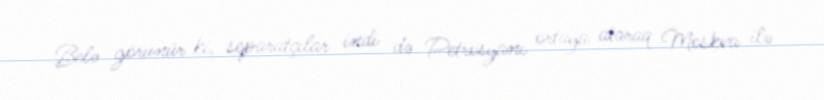
Belə görünür ki, separatçılar indi də Petrosyanı ortaya ataraq Moskva ilə